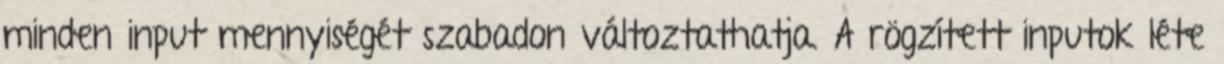
minden input mennyiségét szabadon változtathatja. A rögzített inputok léte